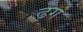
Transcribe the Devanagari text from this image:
ढ़गं